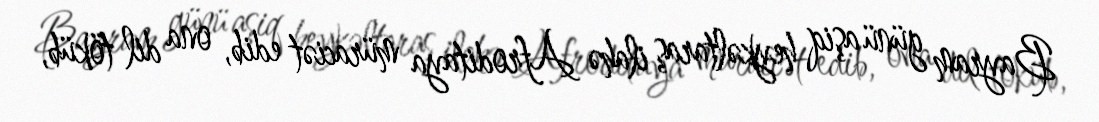
Bayram günü aşiq heykəltaraş ilahə Afroditaya müraciət edib, ona dil töküb,